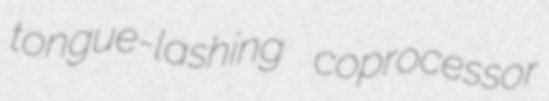
tongue-lashing coprocessor